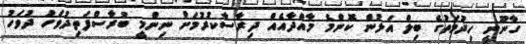
ގާނޫނީ ހިދުމަތުގެ ބިލް އަލުން ކޮންމެ މާއްދާއެއް ދިރާސާކުރުމަށް ނިންމީ ބުރާސްފަތިދުވަހު ދުވަހު